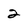
Character: 2